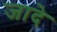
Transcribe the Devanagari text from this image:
जादे